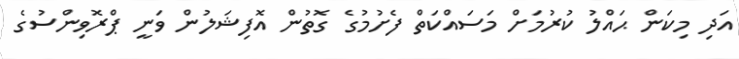
އަދި މިކަން ޙައްލު ކުރުމަށް މަސައްކަތް ފެށުމުގެ ގޮތުން އޮފިޝަލުން ވަނީ ޕްރޮވިންސުގެ